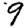
Digit: 9